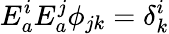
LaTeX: E_{a}^{i}E_{a}^{j}\phi_{jk}=\delta_{k}^{i}